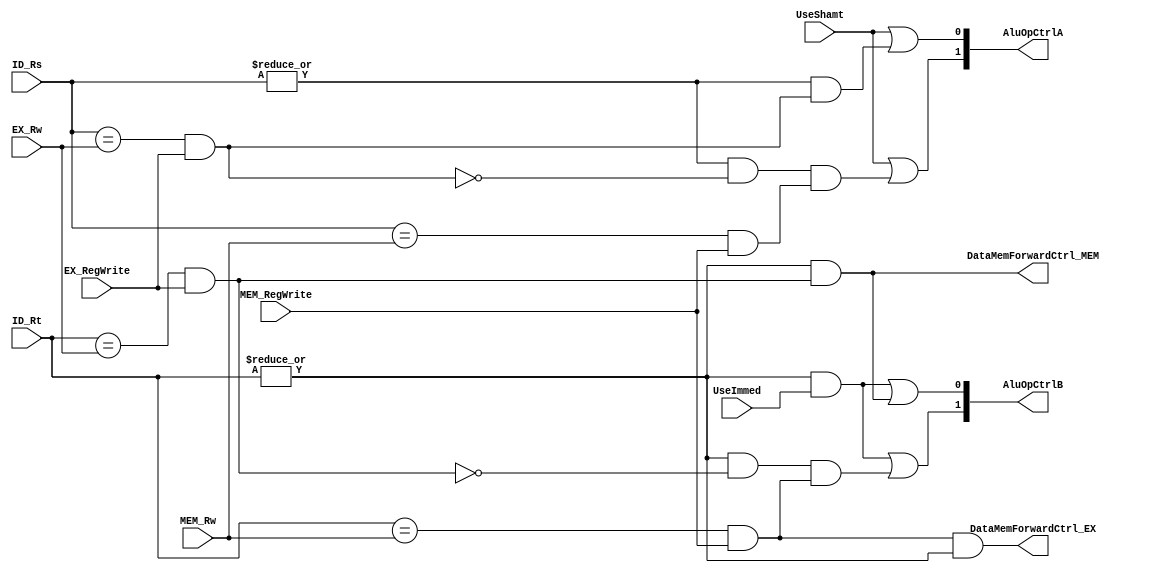
`define _forwardingunit_v_


module ForwardingUnit ( UseShamt , UseImmed , ID_Rs , ID_Rt , EX_Rw, MEM_Rw,
                        EX_RegWrite , MEM_RegWrite , AluOpCtrlA , AluOpCtrlB , DataMemForwardCtrl_EX ,
                        DataMemForwardCtrl_MEM ) ;
  input wire UseShamt, UseImmed;
  input wire [4:0] ID_Rs, ID_Rt, EX_Rw, MEM_Rw;
  input wire EX_RegWrite, MEM_RegWrite;
  output wire [1:0] AluOpCtrlA, AluOpCtrlB;
  output wire DataMemForwardCtrl_EX, DataMemForwardCtrl_MEM;
  
  // Detect all potential RAW hazards
  wire A_EX_0  = (ID_Rs ==  EX_Rw);  // RAW: ALU port A from Instruction -1  
  wire A_MEM_0 = (ID_Rs == MEM_Rw);  // RAW: ALU port A from Instruction -2
  wire B_EX_0  = (ID_Rt ==  EX_Rw);  // RAW: ALU port B from Instruction -1
  wire B_MEM_0 = (ID_Rt == MEM_Rw);  // RAW: ALU port B from Instruction -2
  
  // Determine if the RAW hazards are valid. That is, are the previous instructions actually writing to the destination register?
  wire A_EX  = A_EX_0  &  EX_RegWrite;
  wire A_MEM = A_MEM_0 & MEM_RegWrite;
  wire B_EX  = B_EX_0  &  EX_RegWrite;
  wire B_MEM = B_MEM_0 & MEM_RegWrite;
   
  // writes to R0 must be ignored
  wire AnotR0 = | ID_Rs;
  wire BnotR0 = | ID_Rt;
    
  /*
    ALU Muxes:   __MUX_A__             __MUX_B__
              Select   Value         Select  Value
                  00   EX_RegA           00  EX_RegB
                  01   MEM_ALUOut        01  MEM_ALUOut
                  10   WB_Out            10  WB_Out
                  11   EX_Shamt          11  EX_ExtImm                 
  */
  
  // Forwarding logic for
  // The ALU MUX control signals
  //assign AluOpCtrlA[1]  = ( AnotR0 & UseShamt ) | ( AnotR0 & ~A_EX & A_MEM );    // Removed the check if Rs=R0 for shift instructions, since Rs is not used
  //assign AluOpCtrlA[0]  = ( AnotR0 & UseShamt ) | ( AnotR0 &  A_EX );
  assign AluOpCtrlA[1]  = (  UseShamt ) | ( AnotR0 & ~A_EX & A_MEM );
  assign AluOpCtrlA[0]  = (  UseShamt ) | ( AnotR0 &  A_EX );
  
  assign AluOpCtrlB[1]  = ( BnotR0 & UseImmed ) | ( BnotR0 & ~B_EX & B_MEM );
  assign AluOpCtrlB[0]  = ( BnotR0 & UseImmed ) | ( BnotR0 &  B_EX );

  // Forwarding logic for the Data Memory DataIn Muxes ( store instructions ) ( stores write value Rt to memory )
  // Highest priority is given to the most recent instruction producing the value. This is done by placing the multiplexers in series
  // If the dependent value comes from the previous instruction, Instruction -1, then forward data from WB to MEM
  assign DataMemForwardCtrl_MEM = B_EX & BnotR0;
    
  // If the dependent value comes from two instructions before, Instruction -2, then forward data from WB to EX
  assign DataMemForwardCtrl_EX = B_MEM & BnotR0;
  

  
endmodule